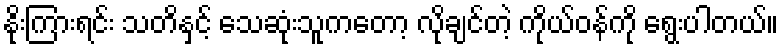
နိုးကြားရင်း သတိနှင့် သေဆုံးသူကတော့ လိုချင်တဲ့ ကိုယ်ဝန်ကို ရွေးပါတယ်။